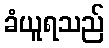
ခံယူရသည်